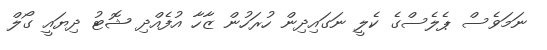
ނަމަވެސް ޕެލެސްގެ ކެލީ ނަގައިދިން ހުރަހުން ޒާހާ އުފެއްދި ޝޮޓު ދިޔައީ ގޯލް